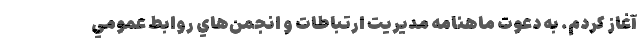
آغاز كردم. به دعوت ماهنامه مديريت ارتباطات و انجمن‌هاي روابط عمومي